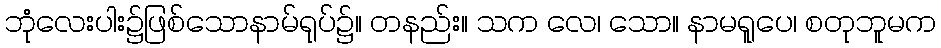
ဘုံလေးပါး၌ဖြစ်သောနာမ်ရုပ်၌။ တနည်း။ သက လေ၊ သော။ နာမရူပေ၊ စတုဘူမက